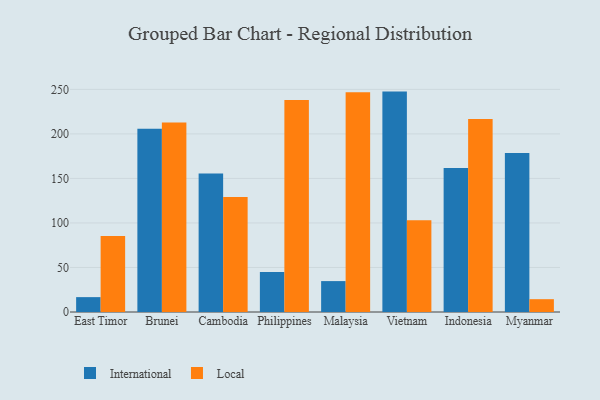
{"axis": {"x": "Country", "y": "Website Visitors"}, "legend": ["International", "Local"], "data": [{"x": "East Timor", "y": 16.7, "type": "International"}, {"x": "East Timor", "y": 85.4, "type": "Local"}, {"x": "Brunei", "y": 205.9, "type": "International"}, {"x": "Brunei", "y": 212.7, "type": "Local"}, {"x": "Cambodia", "y": 155.5, "type": "International"}, {"x": "Cambodia", "y": 129.2, "type": "Local"}, {"x": "Philippines", "y": 44.9, "type": "International"}, {"x": "Philippines", "y": 238.2, "type": "Local"}, {"x": "Malaysia", "y": 34.7, "type": "International"}, {"x": "Malaysia", "y": 246.8, "type": "Local"}, {"x": "Vietnam", "y": 247.5, "type": "International"}, {"x": "Vietnam", "y": 103.1, "type": "Local"}, {"x": "Indonesia", "y": 161.7, "type": "International"}, {"x": "Indonesia", "y": 216.8, "type": "Local"}, {"x": "Myanmar", "y": 178.6, "type": "International"}, {"x": "Myanmar", "y": 14.4, "type": "Local"}]}